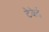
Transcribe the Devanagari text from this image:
टेकेई